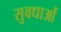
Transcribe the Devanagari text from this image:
सुवधाओं